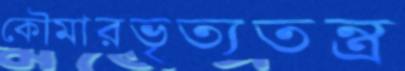
কৌমারভৃত্যতন্ত্র